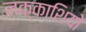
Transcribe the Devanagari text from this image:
नक्‍काशियो